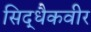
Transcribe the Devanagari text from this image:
सिद्धैकवीर